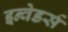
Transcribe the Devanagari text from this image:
इन्वेडर्स